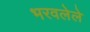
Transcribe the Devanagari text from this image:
भरवलेले